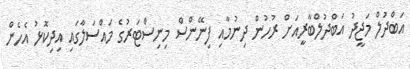
އަބްދުލް މަޖީދު އަބްދުލްބާރީއަށް ރުހުން ދިނުމާއި ފިނޭންސް މިނިސްޓަރުގެ މައްސަލާގައި އިދިކޮޅު އެހެން